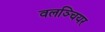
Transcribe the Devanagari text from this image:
वलञ्चियर